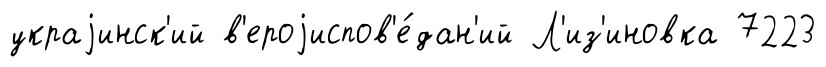
украjинск'ий в'ероjиспов'е́дан'ий Л'из'иновка 7223